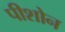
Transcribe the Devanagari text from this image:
पीशोन